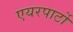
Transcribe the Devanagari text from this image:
एयरपार्टो